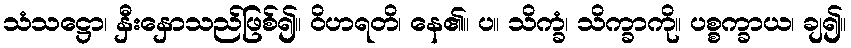
သံသဋ္ဌော၊ နှီးနှောသည်ဖြစ်၍။ ဝိဟရတိ၊ နေ၏။ ပ။ သိက္ခံ၊ သိက္ခာကို။ ပစ္စက္ခာယ၊ ချ၍။